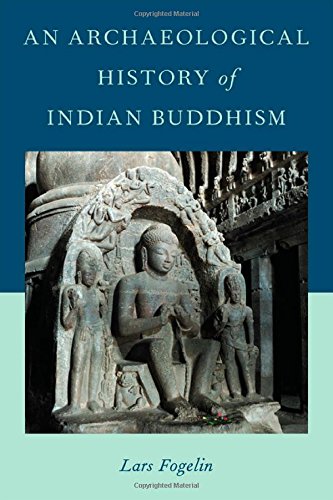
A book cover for An Archaeological History of Indian Buddhism; Lars Fogelin; Religion & Spirituality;